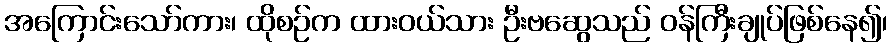
အကြောင်းသော်ကား၊ ထိုစဉ်က ထားဝယ်သား ဦးဗဆွေသည် ဝန်ကြီးချုပ်ဖြစ်နေ၍၊